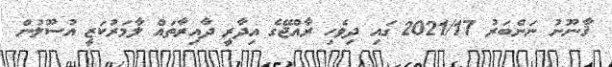
ޤާނޫނު ނަންބަރު 2021/17 ގައި ދިވެހި ރާއްޖޭގެ އިދާރީ ދާއިރާތައް ލާމަރުކަޒީ އުސޫލުން